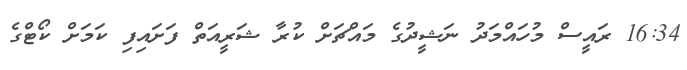
16:34 ރައީސް މުހައްމަދު ނަޝީދުގެ މައްޗަށް ކުރާ ޝަރީއަތް ފަށައިފި ކަމަށް ކޯޓްގެ